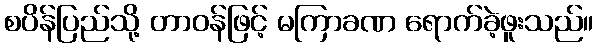
စပိန်ပြည်သို့ တာဝန်ဖြင့် မကြာခဏ ရောက်ခဲ့ဖူးသည်။